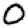
Digit: 0